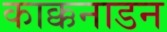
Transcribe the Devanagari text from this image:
काक्कनाडन